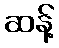
ဆန့်